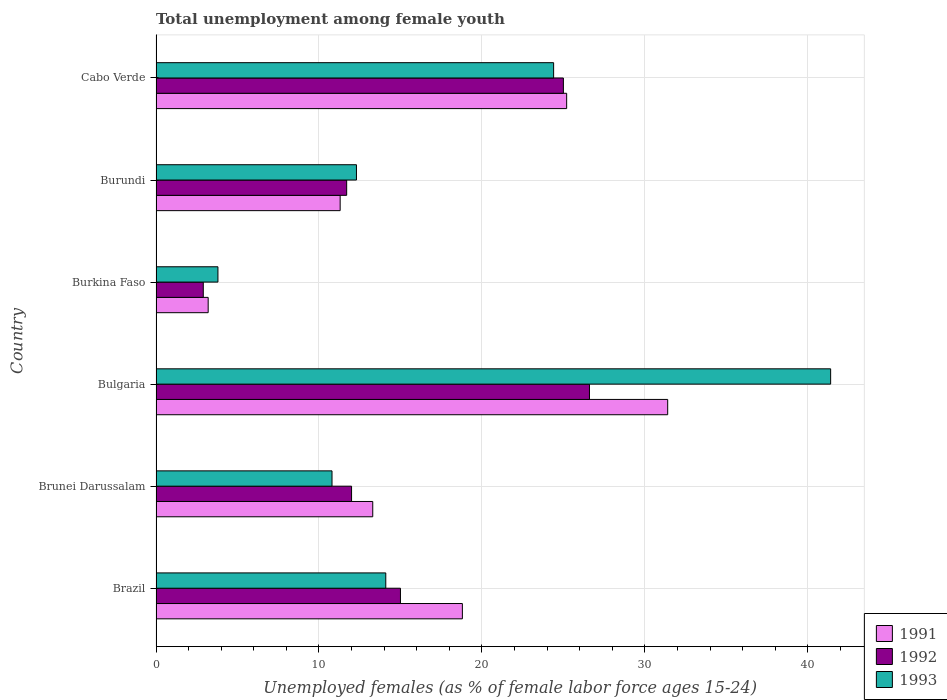
| Country | 1991 | 1992 | 1993 |
 | --- | --- | --- | --- |
 | Brazil | 18.8 | 15 | 14.1 |
 | Brunei Darussalam | 13.3 | 12 | 10.8 |
 | Bulgaria | 31.4 | 26.6 | 41.4 |
 | Burkina Faso | 3.2 | 2.9 | 3.8 |
 | Burundi | 11.3 | 11.7 | 12.3 |
 | Cabo Verde | 25.2 | 25 | 24.4 |